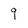
Character: 9